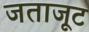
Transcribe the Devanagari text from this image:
जताजूट